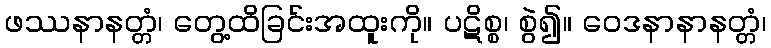
ဖဿနာနတ္တံ၊ တွေ့ထိခြင်းအထူးကို။ ပဋိစ္စ၊ စွဲ၍။ ဝေဒနာနာနတ္တံ၊